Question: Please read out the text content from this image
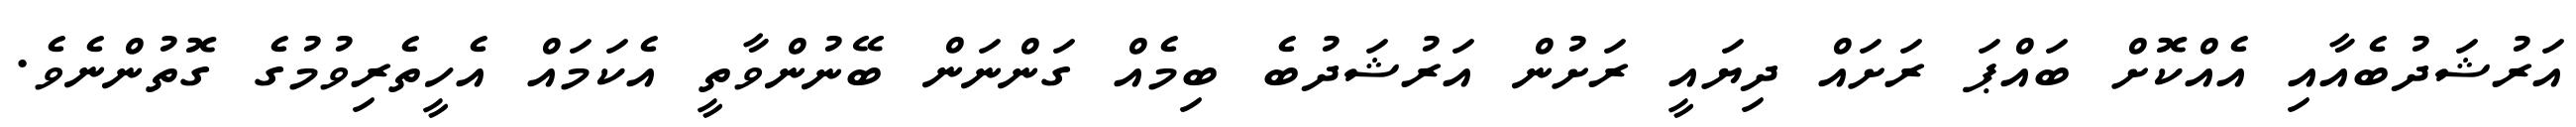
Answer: އަރުޝަދުބެއާއި އެއްކޮށް ބައްޕަ ރަށައް ދިޔައީ ރަށުން އަރުޝަދުބެ ބިމެއް ގަންނަން ބޭނުންވާތީ އެކަމައް އެހީތެރިވުމުގެ ގޮތުންނެވެ.